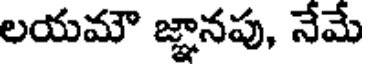
లయమౌ జ్ఞానపు, నేమే